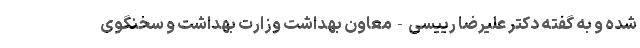
شده و به گفته دکتر علیرضا رییسی-معاون بهداشت وزارت بهداشت و سخنگوی